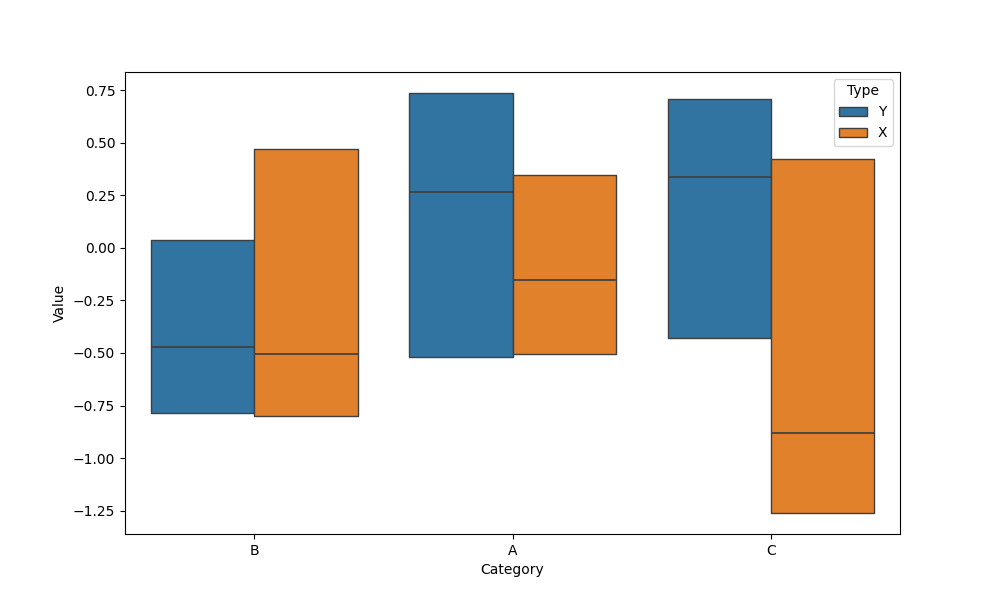
python, seaborn, boxenplot, k_depth='tukey', linewidth=1, scale='exponential', outlier_prop=0.2, showfliers=False